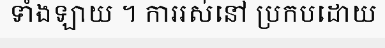
ទាំងឡាយ ។ ការរស់នៅ ប្រកបដោយ